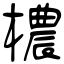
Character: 檂